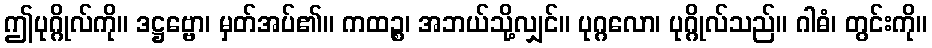
ဤပုဂ္ဂိုလ်ကို။ ဒဋ္ဌဗ္ဗော၊ မှတ်အပ်၏။ ကထဉ္စ၊ အဘယ်သို့လျှင်။ ပုဂ္ဂလော၊ ပုဂ္ဂိုလ်သည်။ ဂါဓံ၊ တွင်းကို။